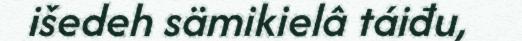
išedeh sämikielâ táiđu,